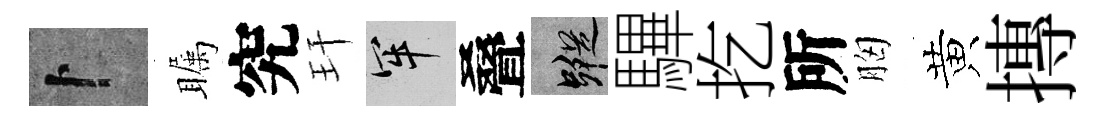
卜瞩究玕牢叠蹤驆扢所胸黄摶